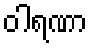
ဝါရဏာ